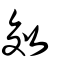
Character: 效